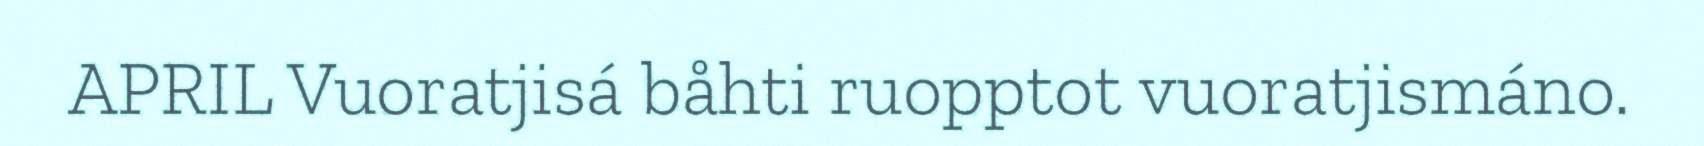
APRIL Vuoratjisá båhti ruopptot vuoratjismáno.